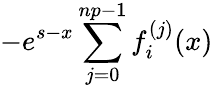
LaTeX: -e^{s-x}\sum_{j=0}^{np-1}f_{i}^{(j)}(x)